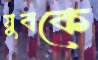
যুবকে